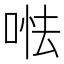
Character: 𠵐